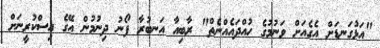
"އަޅުގަނޑަށް އެގެއަށް ވަނުމުގެ ހުއްދައެއްނެތް" ރާބިއާ އަނބުރާ ފޯނު ދިނުމުން އޭގެ އިސްކުރީނަށް